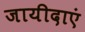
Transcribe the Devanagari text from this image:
जायीदाएं